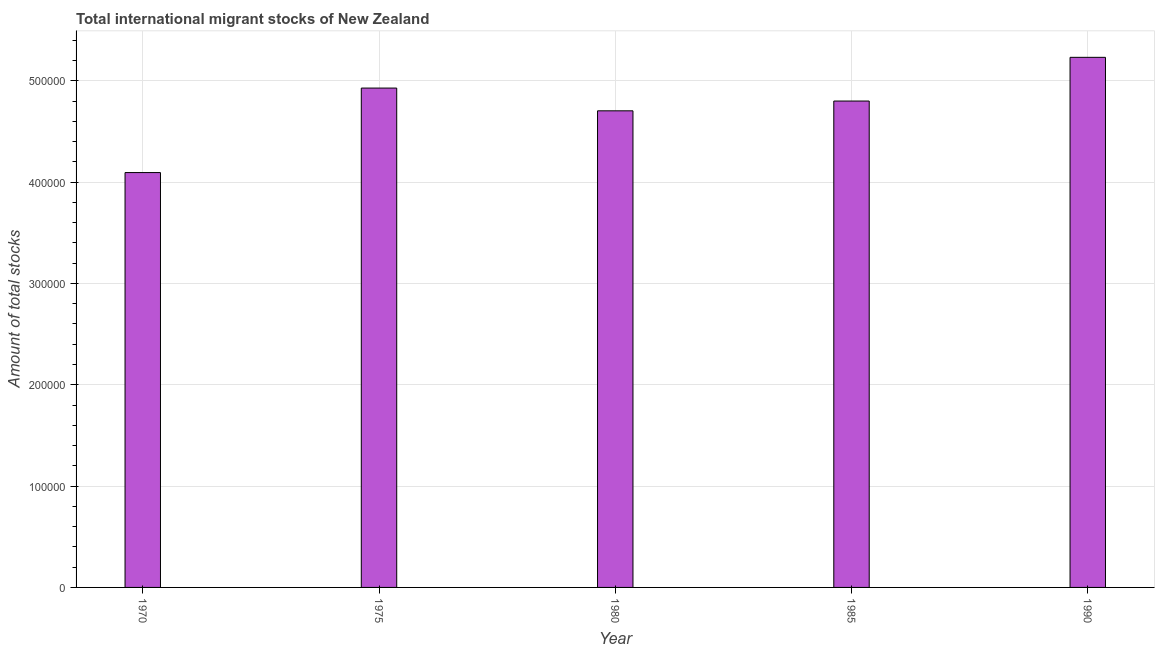
| Year | International migrant stock |
 | --- | --- |
 | 1970 | 4.09e+05 |
 | 1975 | 4.93e+05 |
 | 1980 | 4.7e+05 |
 | 1985 | 4.8e+05 |
 | 1990 | 5.23e+05 |